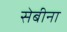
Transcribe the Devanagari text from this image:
सेबीना